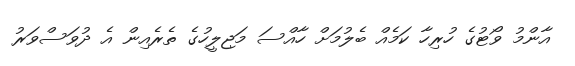
އާންމު ވޯޓުގެ ހުރިހާ ކަމެއް ބެލުމަށް ހާއްސަ މަޖިލީހުގެ ތެރެއިން އެ ދުވަސްވަރު